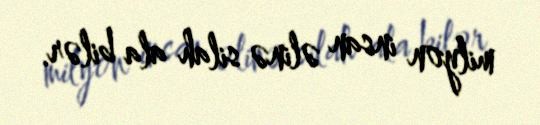
milyon insan əlinə silah ala bilər.